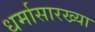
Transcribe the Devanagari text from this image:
धर्मासारख्या